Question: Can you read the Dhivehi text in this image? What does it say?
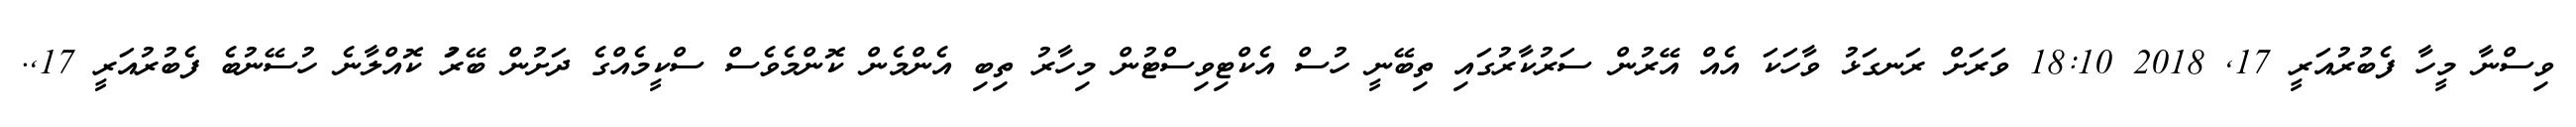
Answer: ވިސްނާ މީހާ ފެބުރުއަރީ 17, 2018 18:10 ވަރަށް ރަނގަޅު ވާހަކަ އެއް އޭރުން ސަރުކާރުގައި ތިބޭނީ ހުސް އެކްޓިވިސްޓުން މިހާރު ތިބި އެންމެން ކޮންމެވެސް ސްކީމެއްގެ ދަށުން ބޭރުަ ކޮއްލާނެ ހުސޭނުބެ ފެބުރުއަރީ 17,.